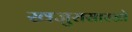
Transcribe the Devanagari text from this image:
खजुरासारखे